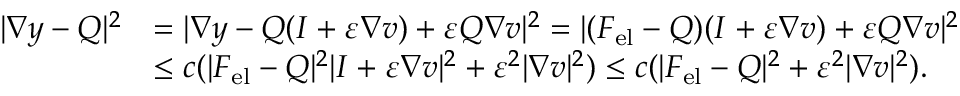
\begin{array} { r l } { | \nabla y - Q | ^ { 2 } } & { = | \nabla y - Q ( I + \varepsilon \nabla v ) + \varepsilon Q \nabla v | ^ { 2 } = | ( F _ { \mathrm { e l } } - Q ) ( I + \varepsilon \nabla v ) + \varepsilon Q \nabla v | ^ { 2 } } \\ & { \leq c ( | F _ { \mathrm { e l } } - Q | ^ { 2 } | I + \varepsilon \nabla v | ^ { 2 } + \varepsilon ^ { 2 } | \nabla v | ^ { 2 } ) \leq c ( | F _ { \mathrm { e l } } - Q | ^ { 2 } + \varepsilon ^ { 2 } | \nabla v | ^ { 2 } ) . } \end{array}